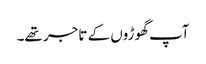
آپ گھوڑوں کے تاجر تھے۔